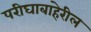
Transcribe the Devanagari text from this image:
परीघाबाहेरील